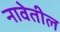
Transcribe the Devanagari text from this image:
नावेतील